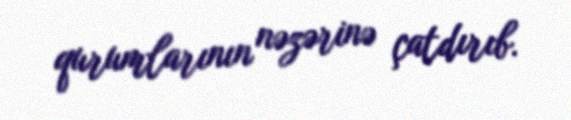
qurumlarının nəzərinə çatdırıb.